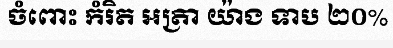
ចំពោះ កំរិត អត្រា យ៉ាង ទាប ២០%